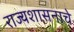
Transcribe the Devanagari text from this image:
राज्यशासनाचे